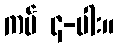
ကပ် ၄-ပါး။